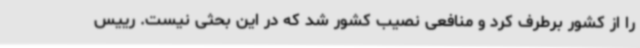
را از کشور برطرف کرد و منافعی نصیب کشور شد که در این بحثی نیست. رییس